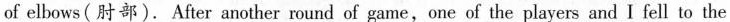
of elbows(肘部).After another round of game,one of the players and I fell to the